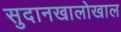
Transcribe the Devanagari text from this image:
सुदानखालोखाल